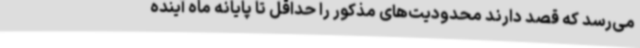
می‌رسد که قصد دارند محدودیت‌های مذکور را حداقل تا پایانه ماه آینده